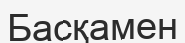
Басқамен